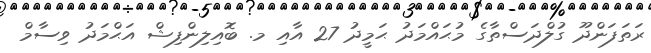
ރަތަފަންދޫ ގުލްދަސްތާގެ މުޙައްމަދު ޙަމީދު 27 އާއި މ. ބޮއިލިންފިޝް އަޙްމަދު ވިސާމް